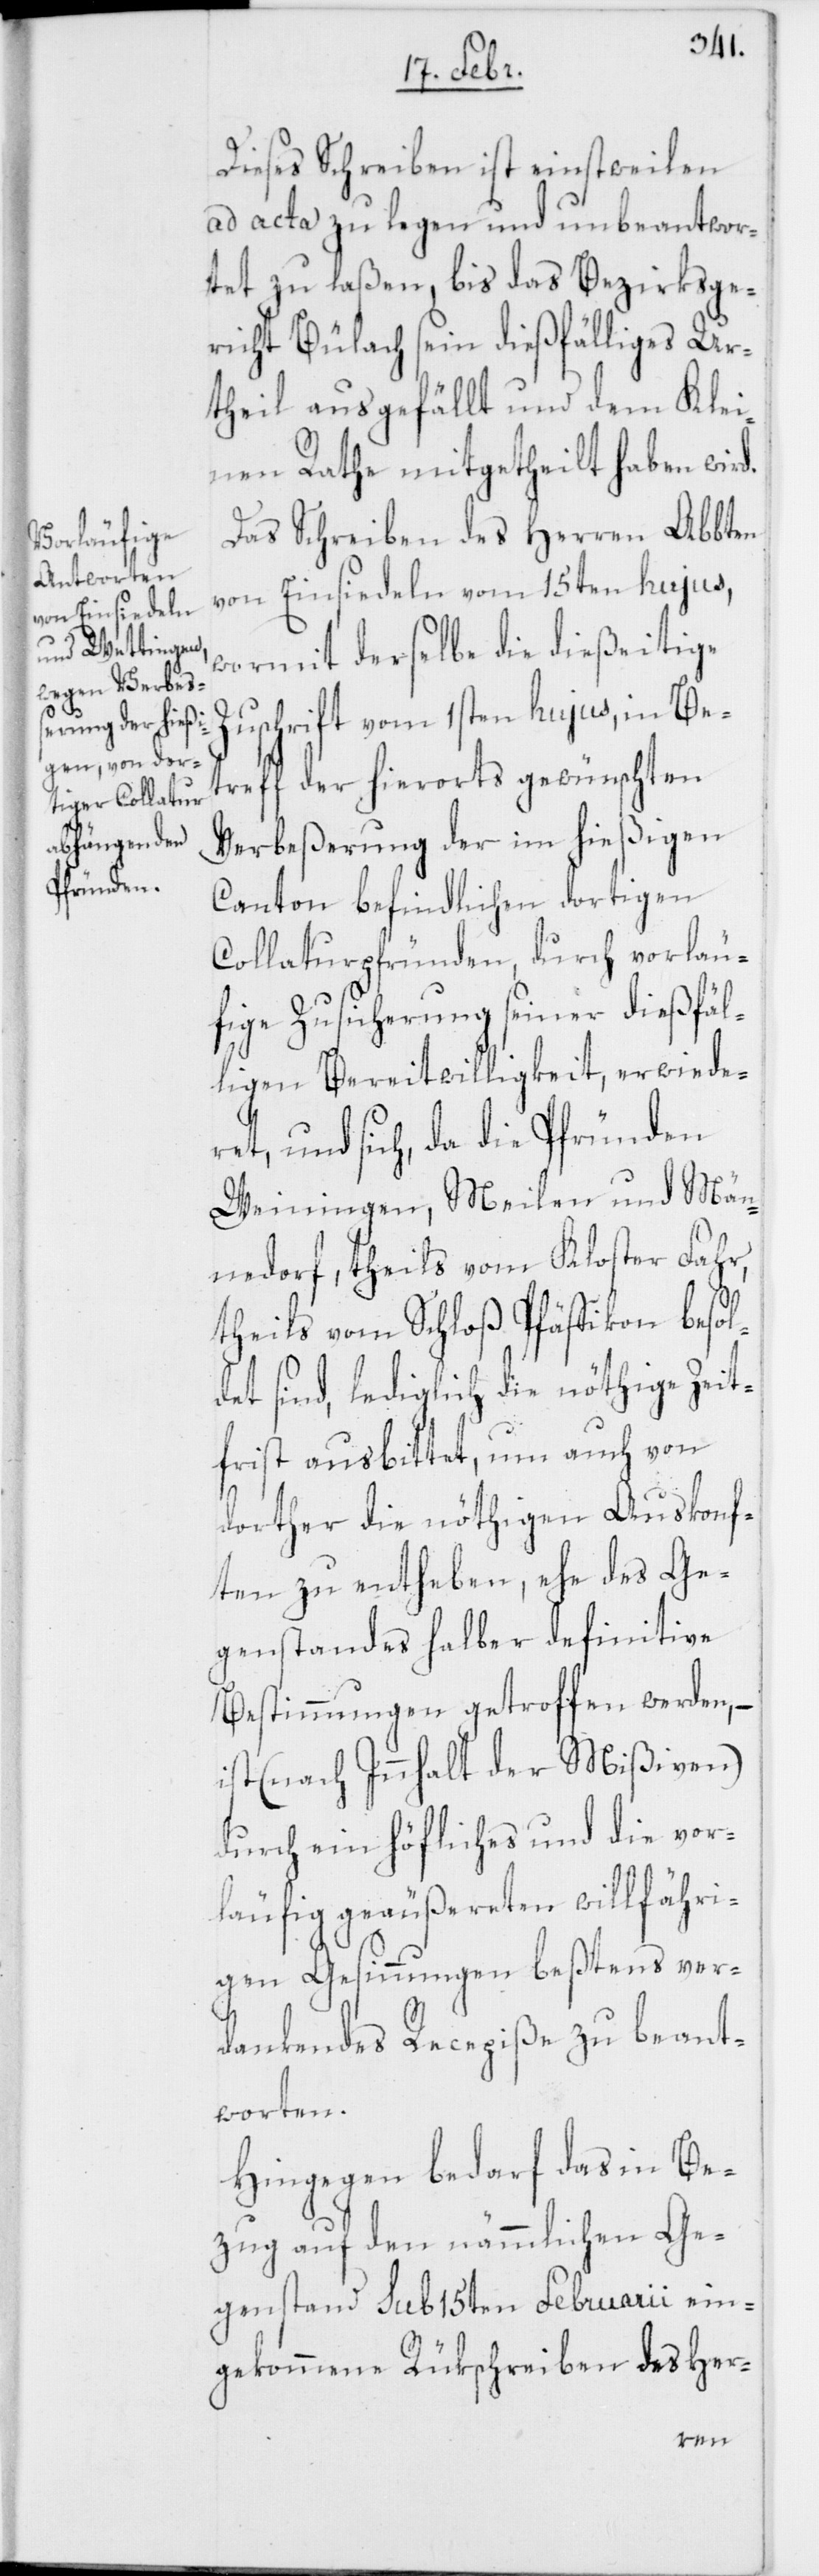
d.
Dieses Schreiben ist einstweilen
ad acta zu legen und unbeantwor¬
tet zu laßen, bis das Bezirksge¬
richt Bülach sein dießfälliges Ur¬
theil ausgefällt und dem Klei¬
nen Rathe mitgetheilt haben wir¬
Das Schreiben des Herren Abbten
von Einsiedeln vom 15ten hujus,
wormit derselbe die dießeitige
Zuschrift vom 1sten hujus, in Be¬
treff der hierorts gewünschten
Verbeßerung der im hießigen
Canton befindlichen dortigen
Collaturpfründen, durch vorläu¬
fige Zusicherung seiner dießfäl¬
ligen Bereitwilligkeit, erwide¬
ret, und sich, da die Pfründen
Weiningen, Meilen und Män¬
nedorf, theils vom Kloster Fahr,
theils vom Schloß Pfäffikon besol¬
det sind, lediglich die nöthige Zeit¬
frist ausbittet, um auch von
dorther die nöthigen Auskonf¬
ten zu entheben, ehe des Ge¬
genstandes halber definitive
Bestimmungen getroffen werden, –
ist (nach Innhalt der Mißiven)
durch ein höfliches und die vor¬
läufig geäußereten willfähri¬
gen Gesinnungen beßtens ver¬
dankendes Recepiße zu beant¬
worten.
Hingegen bedarf das in Be¬
zug auf den nämmlichen Ge¬
genstand sub 15ten Februarii ein¬
gekommene Rükschreiben des Her-